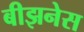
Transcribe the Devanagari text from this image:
बीझनेस